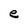
Character: e